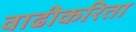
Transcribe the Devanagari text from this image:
वाढीकरिता